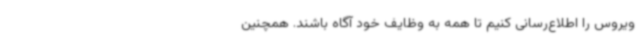
ویروس را اطلاع‌رسانی کنیم تا همه به وظایف خود آگاه باشند. همچنین